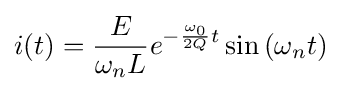
i(t)={\frac {E}{\omega _{n}L}}e^{-{\frac {\omega _{0}}{2Q}}t}\sin {(\omega _{n}t)}